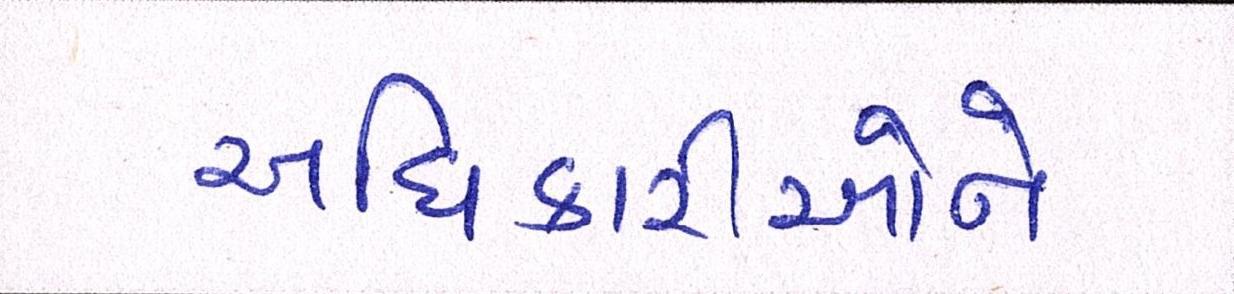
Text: અધિકારીઓને